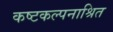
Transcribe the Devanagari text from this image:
कष्टकल्पनाश्रित